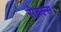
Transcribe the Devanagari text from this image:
रोबल्स